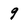
Character: 9